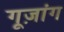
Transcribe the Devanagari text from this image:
गूज़ांग